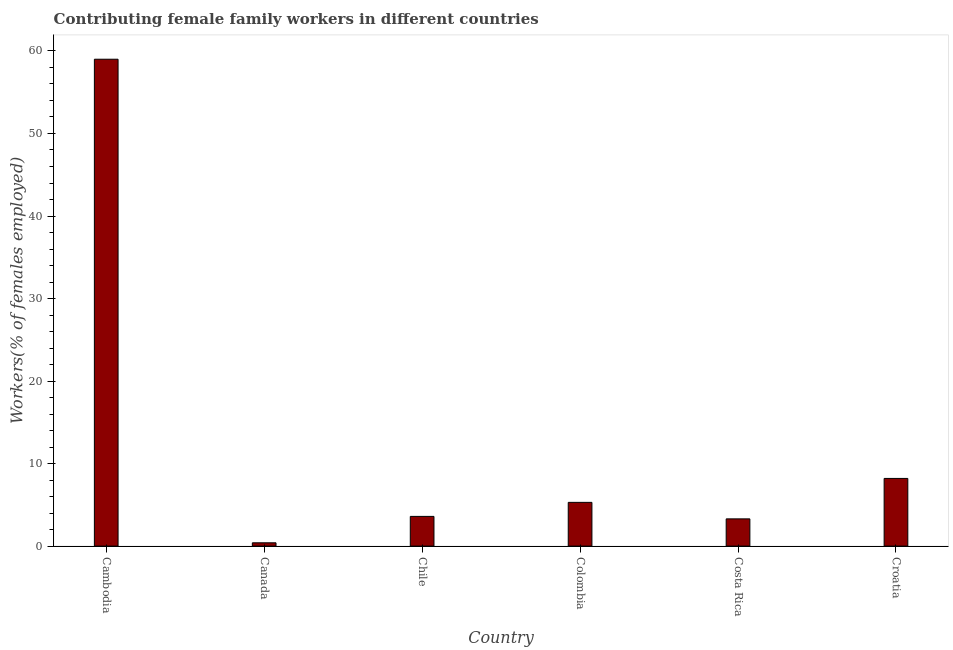
| Country | Contributing family workers |
 | --- | --- |
 | Cambodia | 59 |
 | Canada | 0.4 |
 | Chile | 3.6 |
 | Colombia | 5.3 |
 | Costa Rica | 3.3 |
 | Croatia | 8.2 |